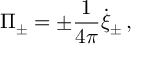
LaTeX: \Pi _ { \pm } = \pm { \frac { 1 } { 4 \pi } } \dot { \xi } _ { \pm } \, ,